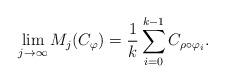
LaTeX: \begin{align*} \lim_{j\rightarrow\infty} M_j(C_\varphi )= \frac{1}{k}\sum_{i=0}^{k-1} C_{\rho\circ \varphi_i}.\end{align*}